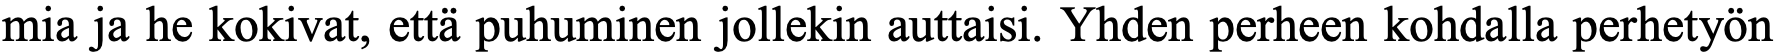
mia ja he kokivat, että puhuminen jollekin auttaisi. Yhden perheen kohdalla perhetyön